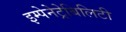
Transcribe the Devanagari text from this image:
इम्पेनेट्रेबिलिटी